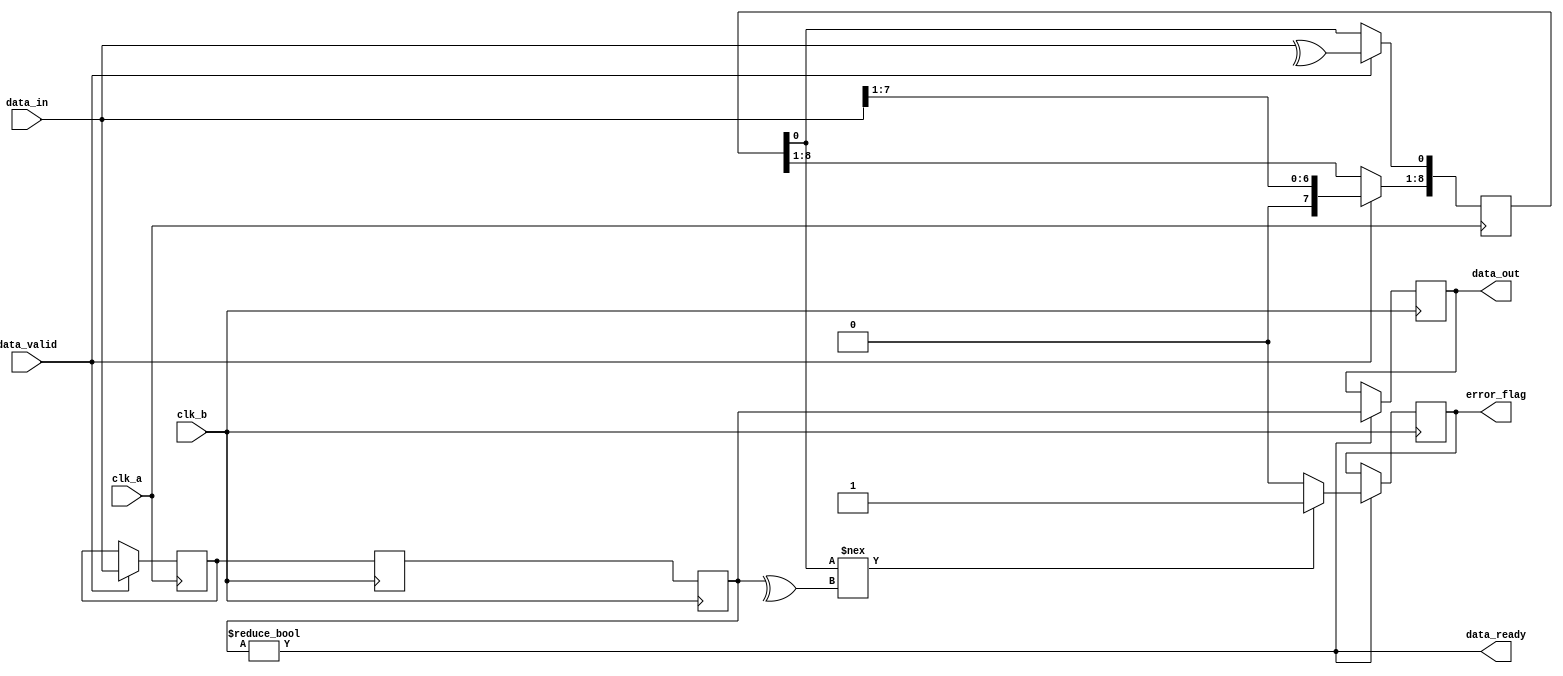
module cdc_with_error_detection #(
    parameter DATA_WIDTH = 8
)(
    input  wire clk_a,              // Clock for Domain A
    input  wire clk_b,              // Clock for Domain B
    input  wire [DATA_WIDTH-1:0] data_in, // Data input from Domain A
    input  wire data_valid,         // Signal indicating data is valid
    output wire [DATA_WIDTH-1:0] data_out, // Synchronized output to Domain B
    output wire error_flag,         // Error flag output
    output wire data_ready          // Signal indicating data is ready in Domain B
);

    // Intermediate signals
    reg [DATA_WIDTH-1:0] data_buffer;
    reg [DATA_WIDTH-1:0] sync_data_1, sync_data_2; // Synchronization flip-flops
    reg [DATA_WIDTH:0] parity_buffer; // Buffer for parity bit
    reg error_detected;         // Internal error flag

    // Generate parity bit for data input
    always @(posedge clk_a) begin
        if (data_valid) begin
            data_buffer <= data_in;
            parity_buffer <= {1'b0, data_in}; // Append zero for parity calculation
            parity_buffer[0] <= ^data_in; // Calculate parity (even parity)
        end
    end

    // Synchronizing data to Domain B
    always @(posedge clk_b) begin
        // Synchronization stages
        sync_data_1 <= data_buffer;
        sync_data_2 <= sync_data_1;
    end

    // Data output register and error detection
    always @(posedge clk_b) begin
        if (sync_data_2 != 0) begin // Check if valid data
            data_out <= sync_data_2[DATA_WIDTH-1:0];
            // Check for parity error
            if (parity_buffer[0] !== (^sync_data_2)) // Compare parity of incoming data
                error_detected <= 1'b1;
            else
                error_detected <= 1'b0;
        end
    end

    // Assign outputs
    assign error_flag = error_detected; // Output error flag
    assign data_ready = sync_data_2 != 0; // Indicate data is ready in Domain B

endmodule